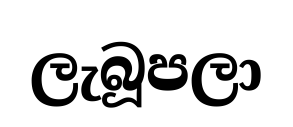
ලැබූපලා